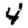
Digit: 4